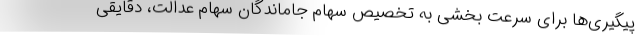
پیگیری‌ها برای سرعت بخشی به تخصیص سهام جاماندگان سهام عدالت، دقایقی